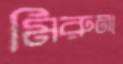
মিরুনা